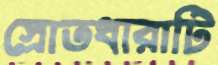
স্রোতধারাটি